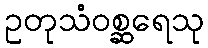
ဥတုသံဝစ္ဆရေသု